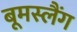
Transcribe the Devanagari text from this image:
बूमस्लैंग